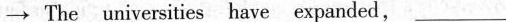
\rightarrow The universities have expanded, ___